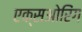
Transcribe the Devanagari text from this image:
एक्सओरिंग